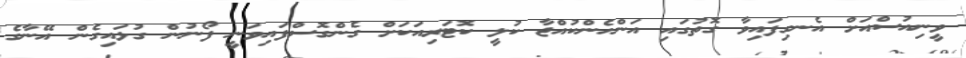
ވީނިއުސްއަށް އެނގިފައިވާ ގޮތުގައި އަންހެންކުއްޖާ ކުލީ ކޮޓަރިއަކަށް ގެންގޮސްފައިވަނީ ފޯނުން ގުޅައިގެން އޭނާގެ